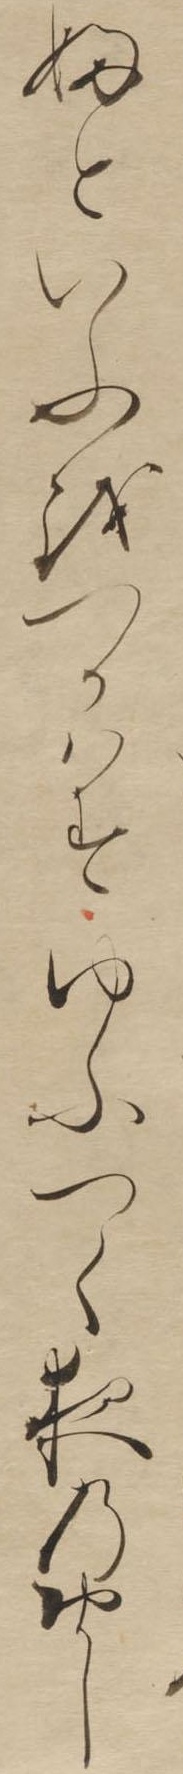
婦といふをつかはすゆふつく夜のおかし